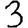
Digit: 3